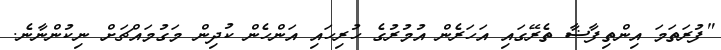
"ފުރަތަމަ އިންތިފާޟާ ތެރޭގައި އަހަރެން އުމުރުގެ ހުރިހައި އަންހެން ކުދިން މަގުމައްޗަށް ނިކުންނާނެ.